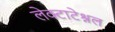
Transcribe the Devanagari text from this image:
लेक्टाटेश्नल